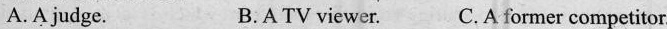
A.A judge. B.A TV viewer. C.A former competitor.